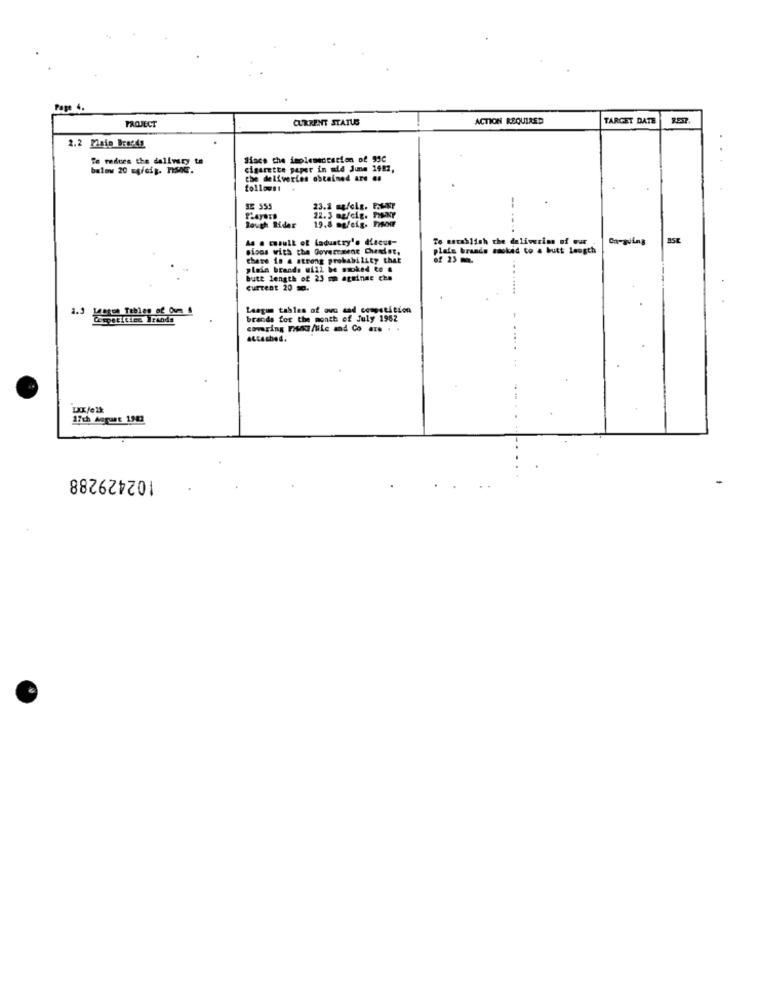
Page 4.
CURRENT STATUS
ACTION REQUIRED
TARGET DATE
PROJECT
2.2 Plato Brands
Te redurs the dallwry ta
Hace the implementation of 93C
cigarette paper in mid June 1991,
the deliveries obtained AT# ##
followst
SE 555
22. 3 mp/cig. PENY
19.8 mg/eig. FrMehr
-. ..
Rough Rider
As a casull of ladustry'. Lacus-
To matablish che daliwerins of our
Ca-guing
sicos with the Government Cheist,
plate brands smoked to a butt leogth
there is a strong probability that
of 23 m.
pleie brands will be swoked to #
butt length of 23 on ageinge che
Current 20 10.
1.3
Idaten Tables af 0um &
Laagun tables of ova and competition
Competitiee Brands
brands for the month of July 1962
comaring muss/lite and Co ... . .
attached.
LXK/01k
17th August 1943
102429288